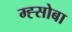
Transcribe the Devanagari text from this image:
म्ह्सोबा